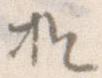
お